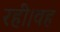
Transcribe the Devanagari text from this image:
रही।वह